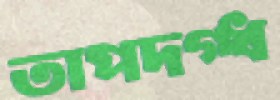
তাপদগ্ধ